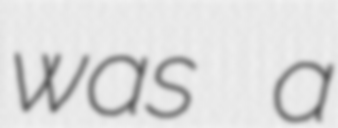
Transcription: was a